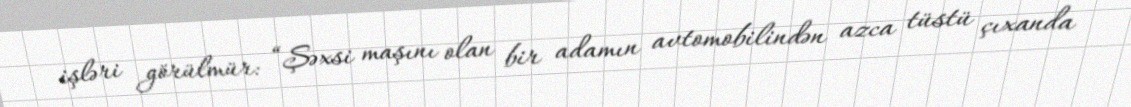
işləri görülmür: “Şəxsi maşını olan bir adamın avtomobilindən azca tüstü çıxanda